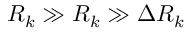
R _ { k } \gg { \cal R } _ { k } \gg \Delta R _ { k }